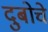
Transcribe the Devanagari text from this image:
दुबोचे